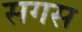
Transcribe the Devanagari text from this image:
सगस